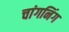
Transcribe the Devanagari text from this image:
चांगनिंग